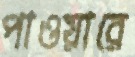
পাওয়ারে